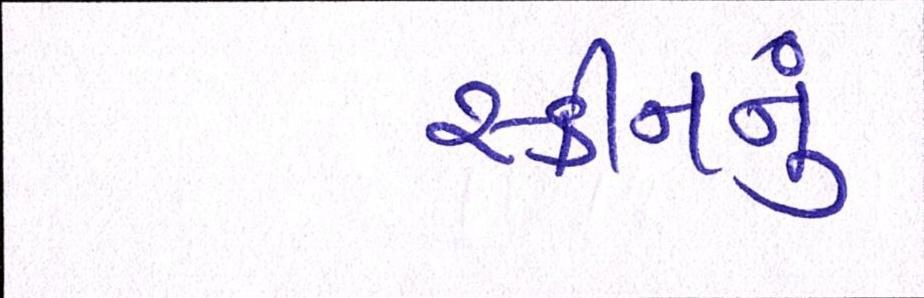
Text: સ્કીનનું